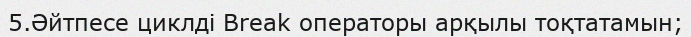
5.Әйтпесе циклді Break операторы арқылы тоқтатамын;